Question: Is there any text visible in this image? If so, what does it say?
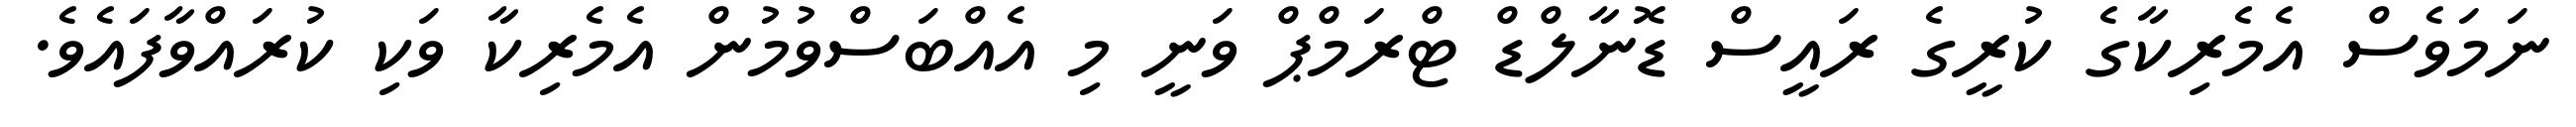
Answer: ނަމަވެސް އެމެރިކާގެ ކުރީގެ ރައީސް ޑޮނާލްޑް ޓްރަމްޕް ވަނީ މި އެއްބަސްވުމުން އެމެރިކާ ވަކި ކުރައްވާފައެވެ.